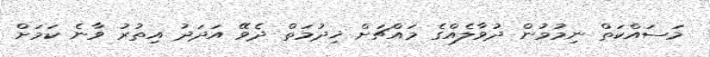
މަސައްކަތް ނިމުމުން ދުވާލެއްގެ މައްޗަށް ޚިދުމަތް ދެވޭ އަދަދު އިތުރު ވާނެ ކަމަށް